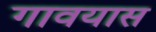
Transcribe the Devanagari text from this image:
गावयास